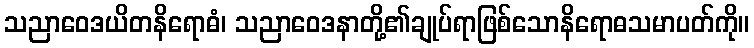
သညာဝေဒယိတနိရောဓံ၊ သညာဝေဒနာတို့၏ချုပ်ရာဖြစ်သောနိရောဓသမာပတ်ကို။